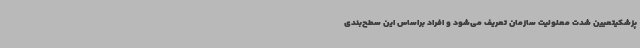
پزشکیتعیین شدت معلولیت سازمان تعریف می‌شود و افراد براساس این سطح‌بندی